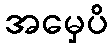
အမှေပိ